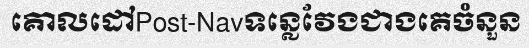
គោលដៅPost-Navទន្លេវែងជាងគេចំនួន